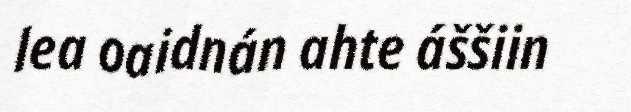
lea oaidnán ahte áššiin